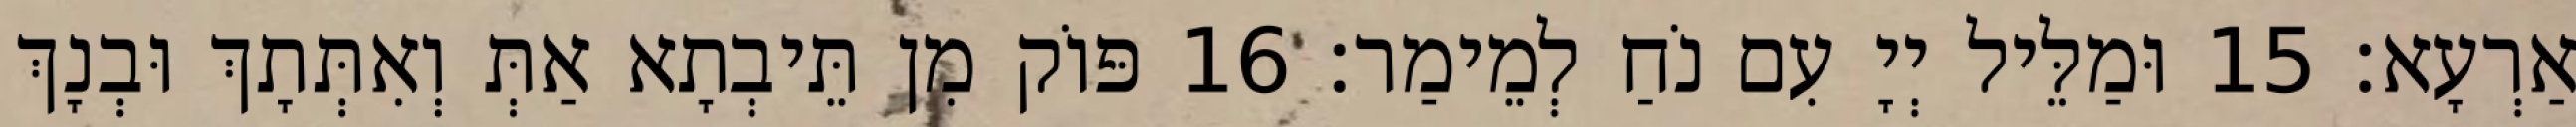
אַרְעָא׃ 15 וּמַלֵּיל יְיָ עִם נֹחַ לְמֵימַר׃ 16 פּוֹק מִן תֵּיבְתָא אַתְּ וְאִתְּתָךְ וּבְנָךְ